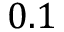
0 . 1